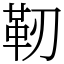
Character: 靭